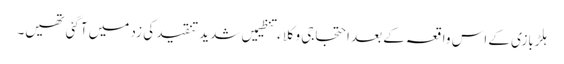
ہلڑبازی کے اس واقعہ کے بعد احتجاجی وکلاء تنظیمیں شدید تنقید کی زد میں آگئی تھیں۔